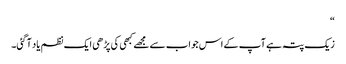
“
زیک پتہ ہے آپ کے اس جواب سے مجھے کبھی کی پڑھی ایک نظم یاد آگئی۔